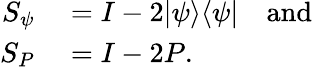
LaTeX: \begin{array}{rl}{S_{\psi}}&{{}=I-2|\psi\rangle\langle\psi|\quad{\mathrm{and}}}\\ {S_{P}}&{{}=I-2P.}\end{array}